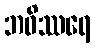
ဘဝိဿရေ